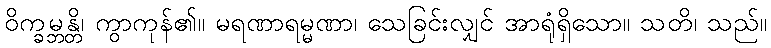
ဝိက္ခမ္ဘန္တိ၊ ကွာကုန်၏။ မရဏာရမ္မဏာ၊ သေခြင်းလျှင် အာရုံရှိသော။ သတိ၊ သည်။